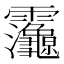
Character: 𮧂